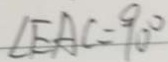
\angle E A C = 9 0 ^ { \circ }